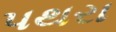
પથરા